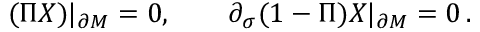
( \Pi X ) | _ { \partial M } = 0 , \qquad \partial _ { \sigma } ( 1 - \Pi ) X | _ { \partial M } = 0 \, .